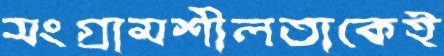
সংগ্রামশীলতাকেই